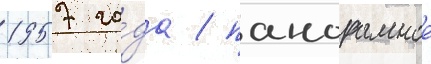
1957 го́да / панорамное